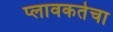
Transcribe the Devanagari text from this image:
प्लावकतेचा